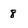
Character: 8